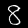
Label: 8